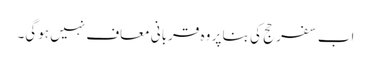
اب سفر حج کی بنا پر وہ قربانی معاف نہیں ہوگی۔